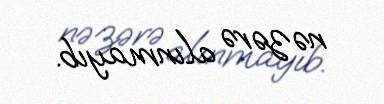
nəzərə alınmayıb.